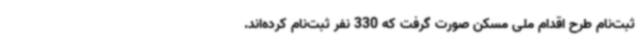
ثبت‌نام طرح اقدام ملی مسکن صورت گرفت که 330 نفر ثبت‌نام کرده‌اند.